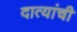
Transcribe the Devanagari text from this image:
दात्यांची